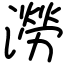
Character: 澇